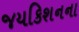
જયકિશનના